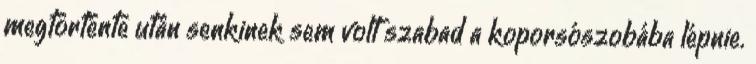
megtörténte után senkinek sem volt szabad a koporsószobába lépnie.